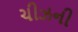
ચીઝની